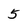
Character: 5